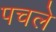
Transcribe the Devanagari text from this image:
पचले